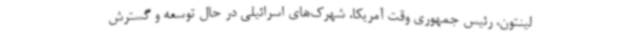
لینتون، رئیس جمهوری وقت آمریکا، شهرک‌های اسرائیلی در حال توسعه و گسترش